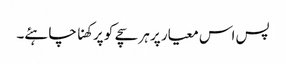
پس اس معیار پر ہر سچے کو پرکھنا چاہئے۔